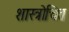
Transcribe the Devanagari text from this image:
शास्त्रोचित